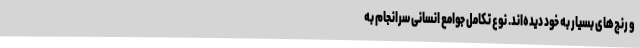
و رنج‌های بسیار به خود دیده‌اند. نوع تکامل جوامع انسانی سرانجام به